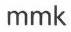
mmk